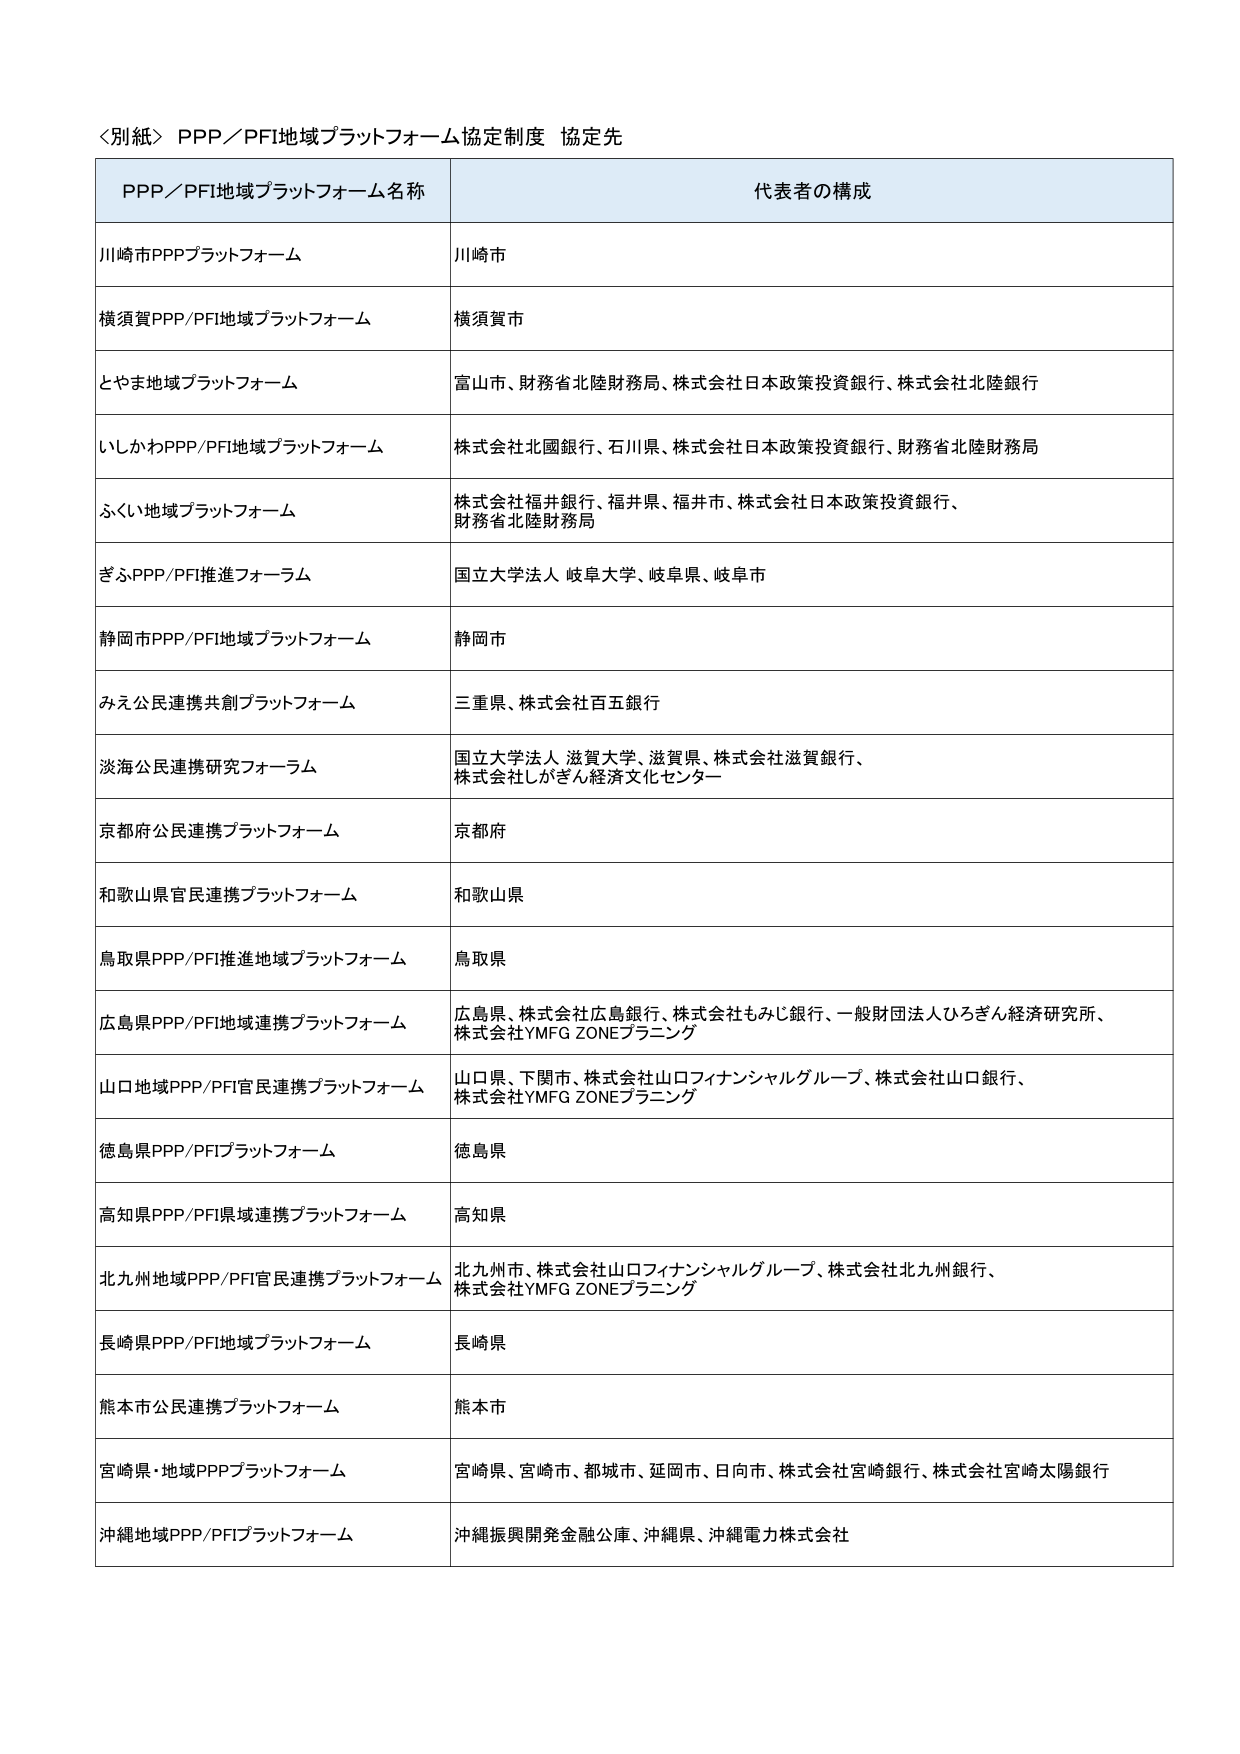
＜別紙＞ PPP／PFI地域プラットフォーム協定制度 協定先

PPP／PFI地域プラットフォーム名称 代表者の構成

川崎市PPPプラットフォーム 川崎市

横須賀PPP/PFI地域プラットフォーム 横須賀市

とやま地域プラットフォーム 富山市、財務省北陸財務局、株式会社日本政策投資銀行、株式会社北陸銀行

いしかわPPP/PFI地域プラットフォーム 株式会社北國銀行、石川県、株式会社日本政策投資銀行、財務省北陸財務局

ふくい地域プラットフォーム 株式会社福井銀行、福井県、福井市、株式会社日本政策投資銀行、財務省北陸財務局

ぎふPPP/PFI推進フォーラム 国立大学法人 岐阜大学、岐阜県、岐阜市

静岡市PPP/PFI地域プラットフォーム 静岡市

みえ公民連携共創プラットフォーム 三重県、株式会社百五銀行

淡海公民連携研究フォーラム 国立大学法人 滋賀大学、滋賀県、株式会社滋賀銀行、株式会社しがぎん経済文化センター

京都府公民連携プラットフォーム 京都府

和歌山県官民連携プラットフォーム 和歌山県

鳥取県PPP/PFI推進地域プラットフォーム 鳥取県

広島県PPP/PFI地域連携プラットフォーム 広島県、株式会社広島銀行、株式会社もみじ銀行、一般財団法人ひろぎん経済研究所、株式会社YMFG ZONEプランニング

山口地域PPP/PFI官民連携プラットフォーム 山口県、下関市、株式会社山口フィナンシャルグループ、株式会社山口銀行、株式会社YMFG ZONEプランニング

徳島県PPP/PFIプラットフォーム 徳島県

高知県PPP/PFI県域連携プラットフォーム 高知県

北九州地域PPP/PFI官民連携プラットフォーム 北九州市、株式会社山口フィナンシャルグループ、株式会社北九州銀行、株式会社YMFG ZONEプランニング

長崎県PPP/PFI地域プラットフォーム 長崎県

熊本市公民連携プラットフォーム 熊本市

宮崎県・地域PPPプラットフォーム 宮崎県、宮崎市、都城市、延岡市、日向市、株式会社宮崎銀行、株式会社宮崎太陽銀行

沖縄地域PPP/PFIプラットフォーム 沖縄振興開発金融公庫、沖縄県、沖縄電力株式会社